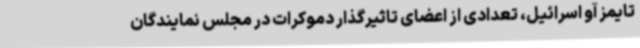
تایمز آو اسرائیل، تعدادی از اعضای تاثیرگذار دموکرات در مجلس نمایندگان